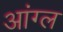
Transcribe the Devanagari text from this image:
आंग्‍ल